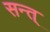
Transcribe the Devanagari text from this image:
सन्त्